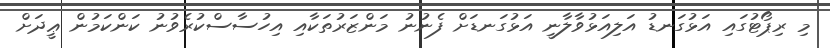
މި ރިޕޯޓުގައި އަޅުގަނޑު އަލިއަޅުވާލާނީ އަޅުގަނޑަށް ފެނުނު މަންޒަރުތަކާއި އިހުސާސްކުރެވުނު ކަންކަމުން ޢީދަށް